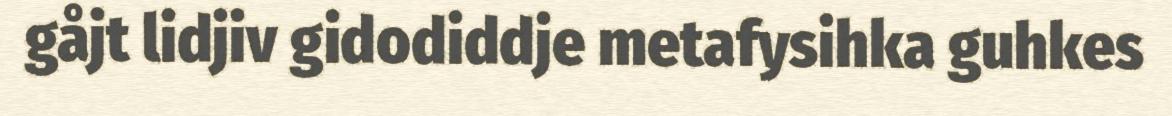
gåjt lidjiv gidodiddje metafysihka guhkes